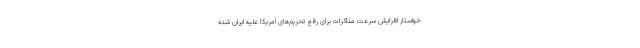
خواستار افزایش سرعت مذاکرات برای رفع تحریم‌های آمریکا علیه ایران شده